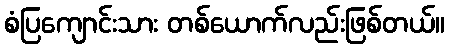
စံပြကျောင်းသား တစ်ယောက်လည်းဖြစ်တယ်။